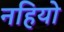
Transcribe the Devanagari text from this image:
नहियो